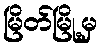
မြိတ်မြို့မှ